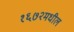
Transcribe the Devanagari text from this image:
१६७२मधील